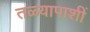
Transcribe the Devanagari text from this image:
तळ्यापाशीं